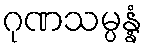
ဂုဏသမ္ပန္နံ